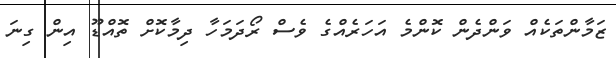
ޒަމާންތަކެއް ވަންދެން ކޮންމެ އަހަރެއްގެ ވެސް ރޯދަމަހާ ދިމާކޮށް ތޮއްޑޫ އިން ގިނަ